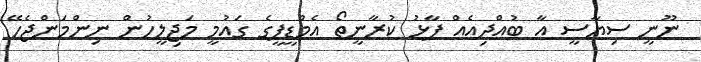
ނޫނީ ސިޔާސީ އާ ބުއްދިއެއް ފާޅު ކުރާނީތޯ އެމްޑީޕީގެ ގައުމީ މަޖިލީހުން ނިންމަންޖެހޭ